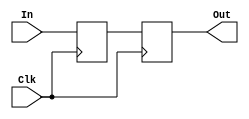
module Register32Bit(Clk, In, Out);
input Clk; 
input [31:0]In;
reg [31:0] temp;
output reg [31:0] Out;

always @(posedge Clk)
        begin
            temp = In;
        end
always @(negedge Clk)
        begin
            Out = temp;
        end
endmodule